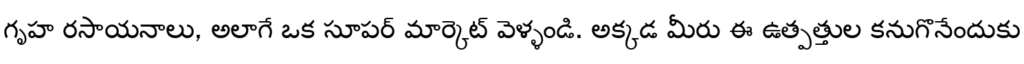
గృహ రసాయనాలు, అలాగే ఒక సూపర్ మార్కెట్ వెళ్ళండి. అక్కడ మీరు ఈ ఉత్పత్తుల కనుగొనేందుకు